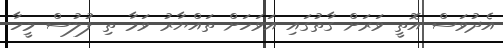
އެދުވަސް އޮތީ ވަރަށް ގާތުގައި އަވަހަށް ތައްޔާރު ވަމާ ތި ފުލުސް މީހާ